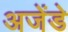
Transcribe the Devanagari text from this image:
अजेंडे